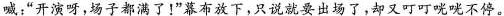
喊:“开演呀,场子都满了!”暮布放下,只说就要出场了,却又叮叮咣咣不停。